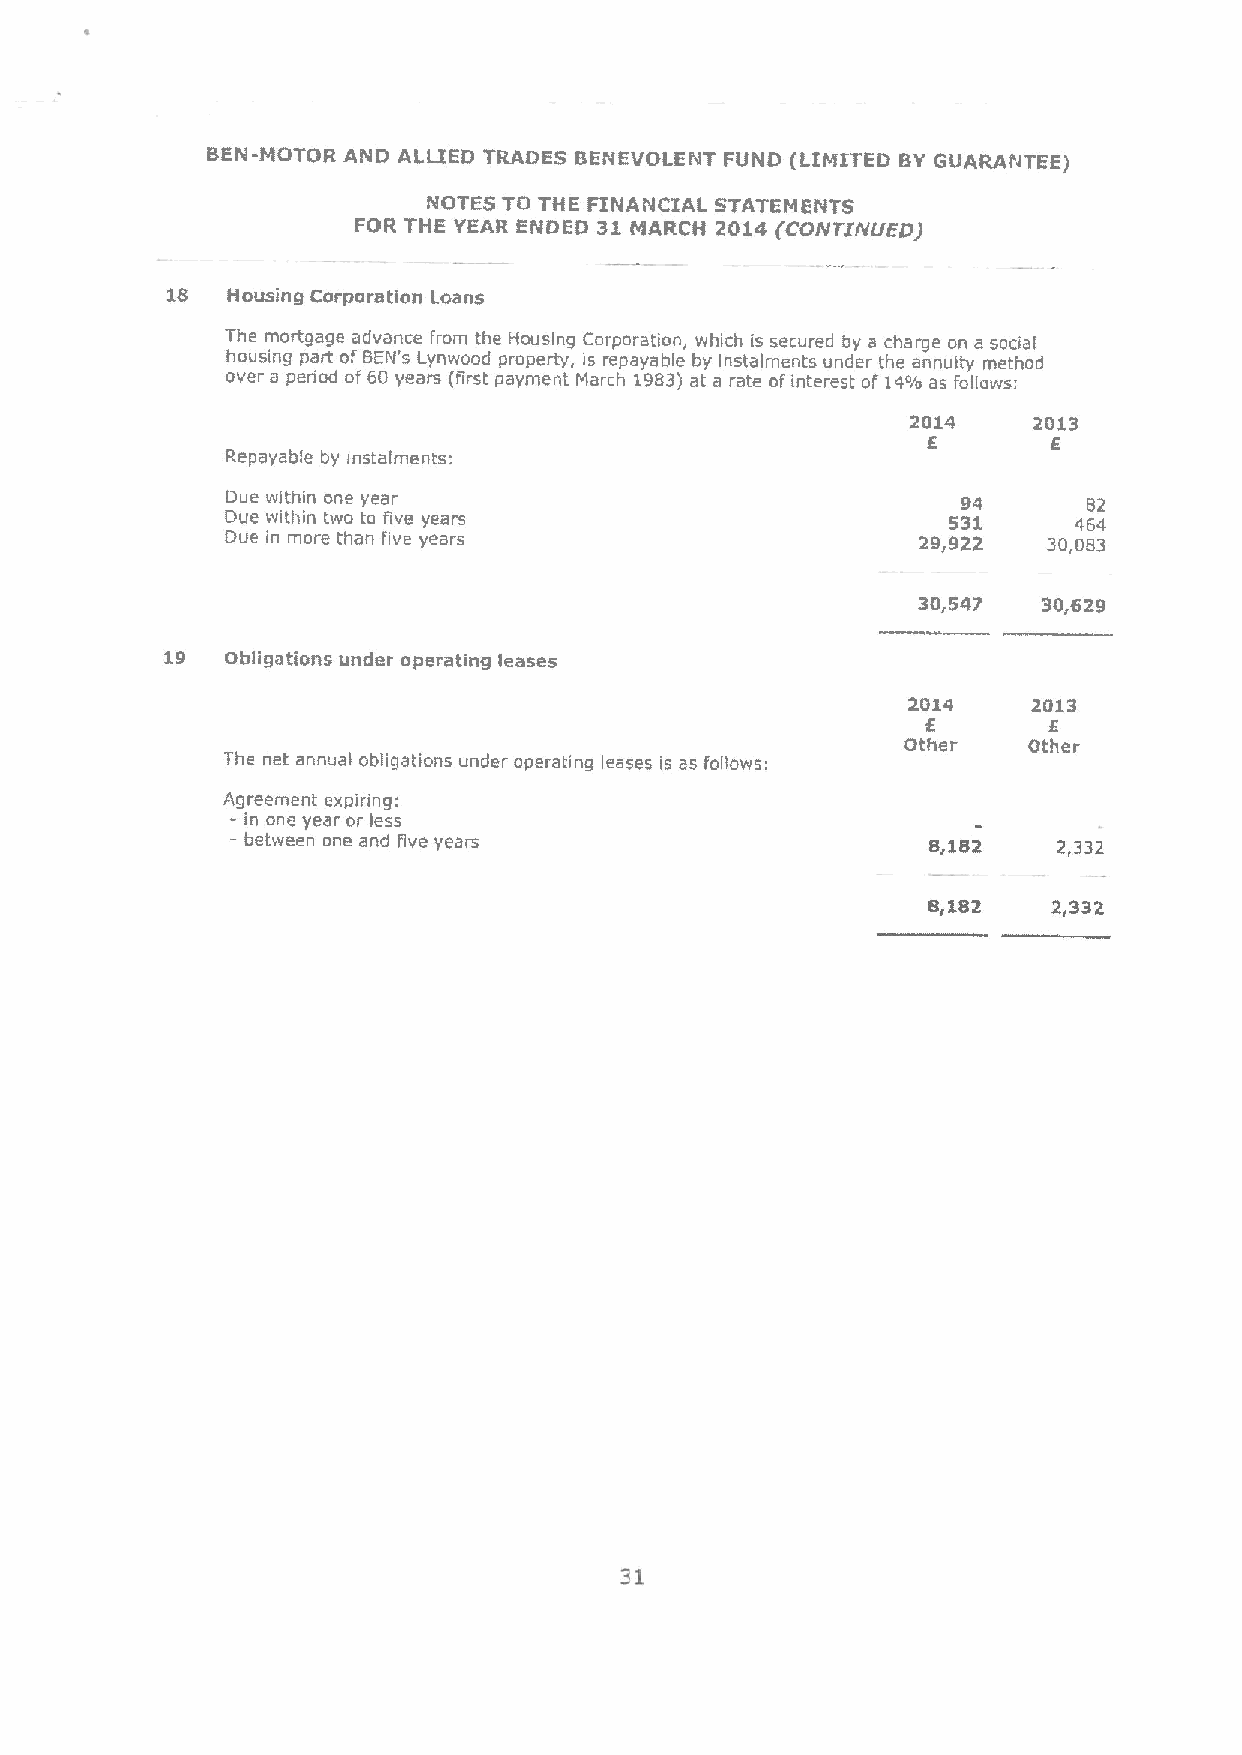
BEN-MOTOR AND ALLIED TRADES BENEVOLENT FUND (LIMITED BYGUARANTEE)
 NOTES TO THE FINANCIAL STATEMENTS
 FOR THE YEAR ENDED 31 MARCH 2014 (COfyTIIYVEO)
 18  Housing Corporation Loans
 The mortgage advance from the Housing Corporation, which is secured by a charge on a social
 housing part ofBEN's Lynwood property, is repayable by instalments under the annuity method
 over a peiiod of60 years {firstpayment March 1983)at a rate ofinterest of 1489as foliaws:
 2014    2013
 6        6
 Repayable by instalments:
 Due within one year                              94      82
 Due within twa ta five years                    531     464
 Due in more than five years                   29,922  30,083
 30,547  30,629
 19  Obligations under operating leases
 2014    2013
 6       6
 Other   Other
 The net annual obligations under operating leases is as follows:
 Agreement expiring:
 -
 in one year or less
 -
 between one and five years                   8,182    2,332
 8,182    2g332
 31